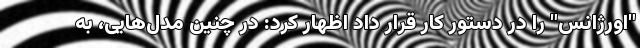
"اورژانس" را در دستور کار قرار داد اظهار کرد: در چنین مدل‌هایی، به